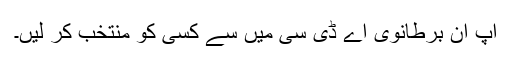
آپ ان برطانوی اے ڈی سی میں سے کسی کو منتخب کر لیں۔